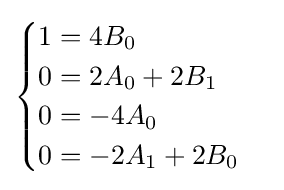
{\begin{cases}1=4B_{0}\\0=2A_{0}+2B_{1}\\0=-4A_{0}\\0=-2A_{1}+2B_{0}\end{cases}}